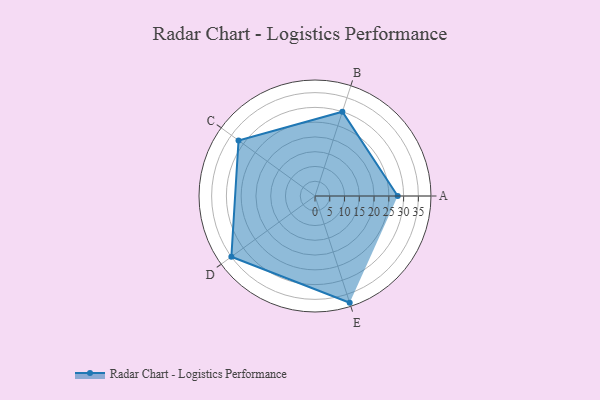
{"axis": {"x": "Skill", "y": "Score"}, "legend": ["Profile"], "data": [{"x": "A", "y": 28.0, "type": "Profile"}, {"x": "B", "y": 30.0, "type": "Profile"}, {"x": "C", "y": 32.0, "type": "Profile"}, {"x": "D", "y": 35.0, "type": "Profile"}, {"x": "E", "y": 38.0, "type": "Profile"}]}